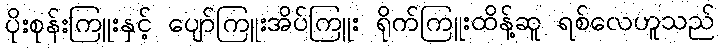
ပိုးစုန်းကြူးနှင့် ပျော်ကြူးအိပ်ကြူး ရိုက်ကြူးထိန့်ဆူ ရစ်လေဟူသည်